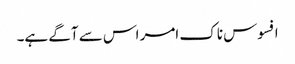
افسوس ناک امر اس سے آگے ہے۔